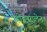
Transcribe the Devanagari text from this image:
हीइपरप्लेन